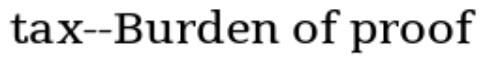
tax--Burden of proof